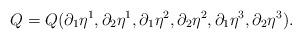
LaTeX: \begin{align*}Q = Q(\partial_1 \eta^1, \partial_2 \eta^1,\partial_1 \eta^2, \partial_2 \eta^2,\partial_1 \eta^3, \partial_2 \eta^3).\end{align*}